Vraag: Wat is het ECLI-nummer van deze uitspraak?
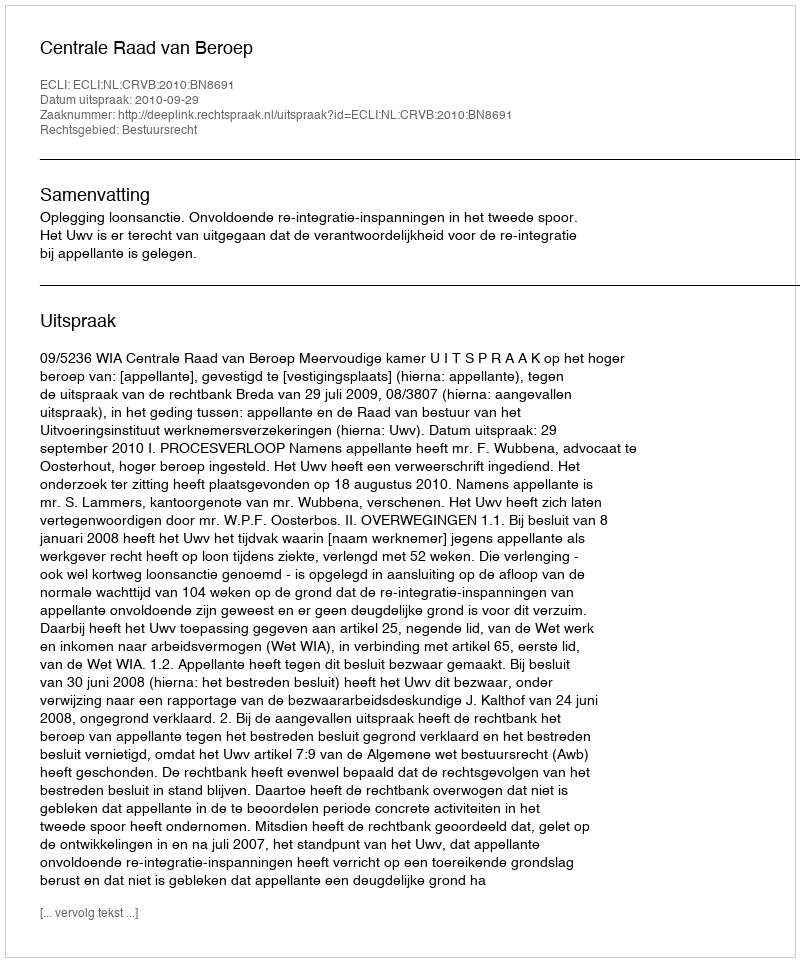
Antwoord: ECLI:NL:CRVB:2010:BN8691